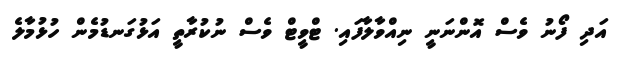
އަދި ފޯނު ވެސް އޮންނަނީ ނިއްވާލާފައި. ޓްވީޓް ވެސް ނުކުރާތީ އަޅުގަނޑުމެން ހުޅުމާލެ